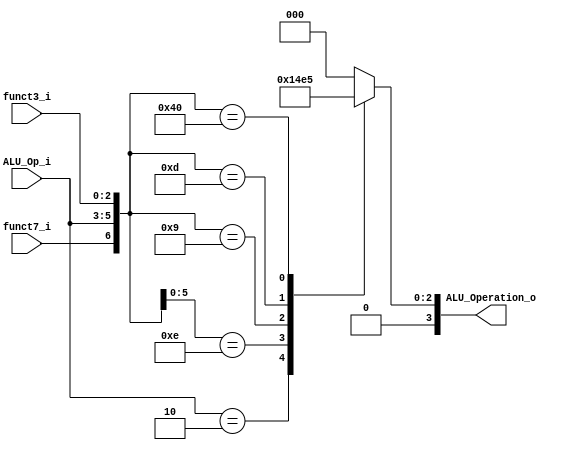
/******************************************************************
* Description
*	This is the control unit for the ALU. It receves a signal called 
*	ALUOp from the control unit and signals called funct7 and funct3  from
*	the instruction bus.
* Version:
*	1.0
* Author:
*	Dr. Jos Luis Pizano Escalante
* email:
*	luispizano@iteso.mx
* Date:
*	16/08/2021
******************************************************************/
module ALU_Control
(
	input funct7_i, 
	input [2:0] ALU_Op_i,
	input [2:0] funct3_i,
	

	output [3:0] ALU_Operation_o

);

localparam R_Type_ADD		= 7'b0_000_000;
localparam I_Type_ADDI		= 7'bx_001_000;
localparam U_Type_LUI		= 7'bx_010_xxx;
localparam I_Type_ORI		= 7'bx_001_110;
localparam I_Type_SLLI		= 7'b0_001_001;
localparam I_Type_SRLI		= 7'b0_001_101;
localparam R_Type_SUB		= 7'b1_000_000;





reg [3:0] alu_control_values;
wire [6:0] selector;

assign selector = {funct7_i, ALU_Op_i, funct3_i};

always@(selector)begin
	casex(selector)
	
		R_Type_ADD:		alu_control_values = 4'b0000;
      I_Type_ADDI:	alu_control_values = 4'b0000;
		U_Type_LUI:		alu_control_values = 4'b0001;
		I_Type_ORI:		alu_control_values = 4'b0010;
		I_Type_SLLI:	alu_control_values = 4'b0011;
		I_Type_SRLI:	alu_control_values = 4'b0100;
		R_Type_SUB:		alu_control_values = 4'b0101;
		
		
		
		default: alu_control_values = 4'b00_00;
	endcase
end


assign ALU_Operation_o = alu_control_values;



endmodule